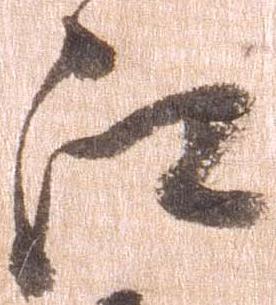
江